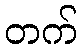
တက်